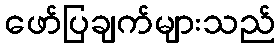
ဖော်ပြချက်များသည်